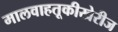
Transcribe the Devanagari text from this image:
मालवाहतूकीखेरीज